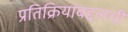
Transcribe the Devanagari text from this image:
प्रतिक्रियांबद्दलची